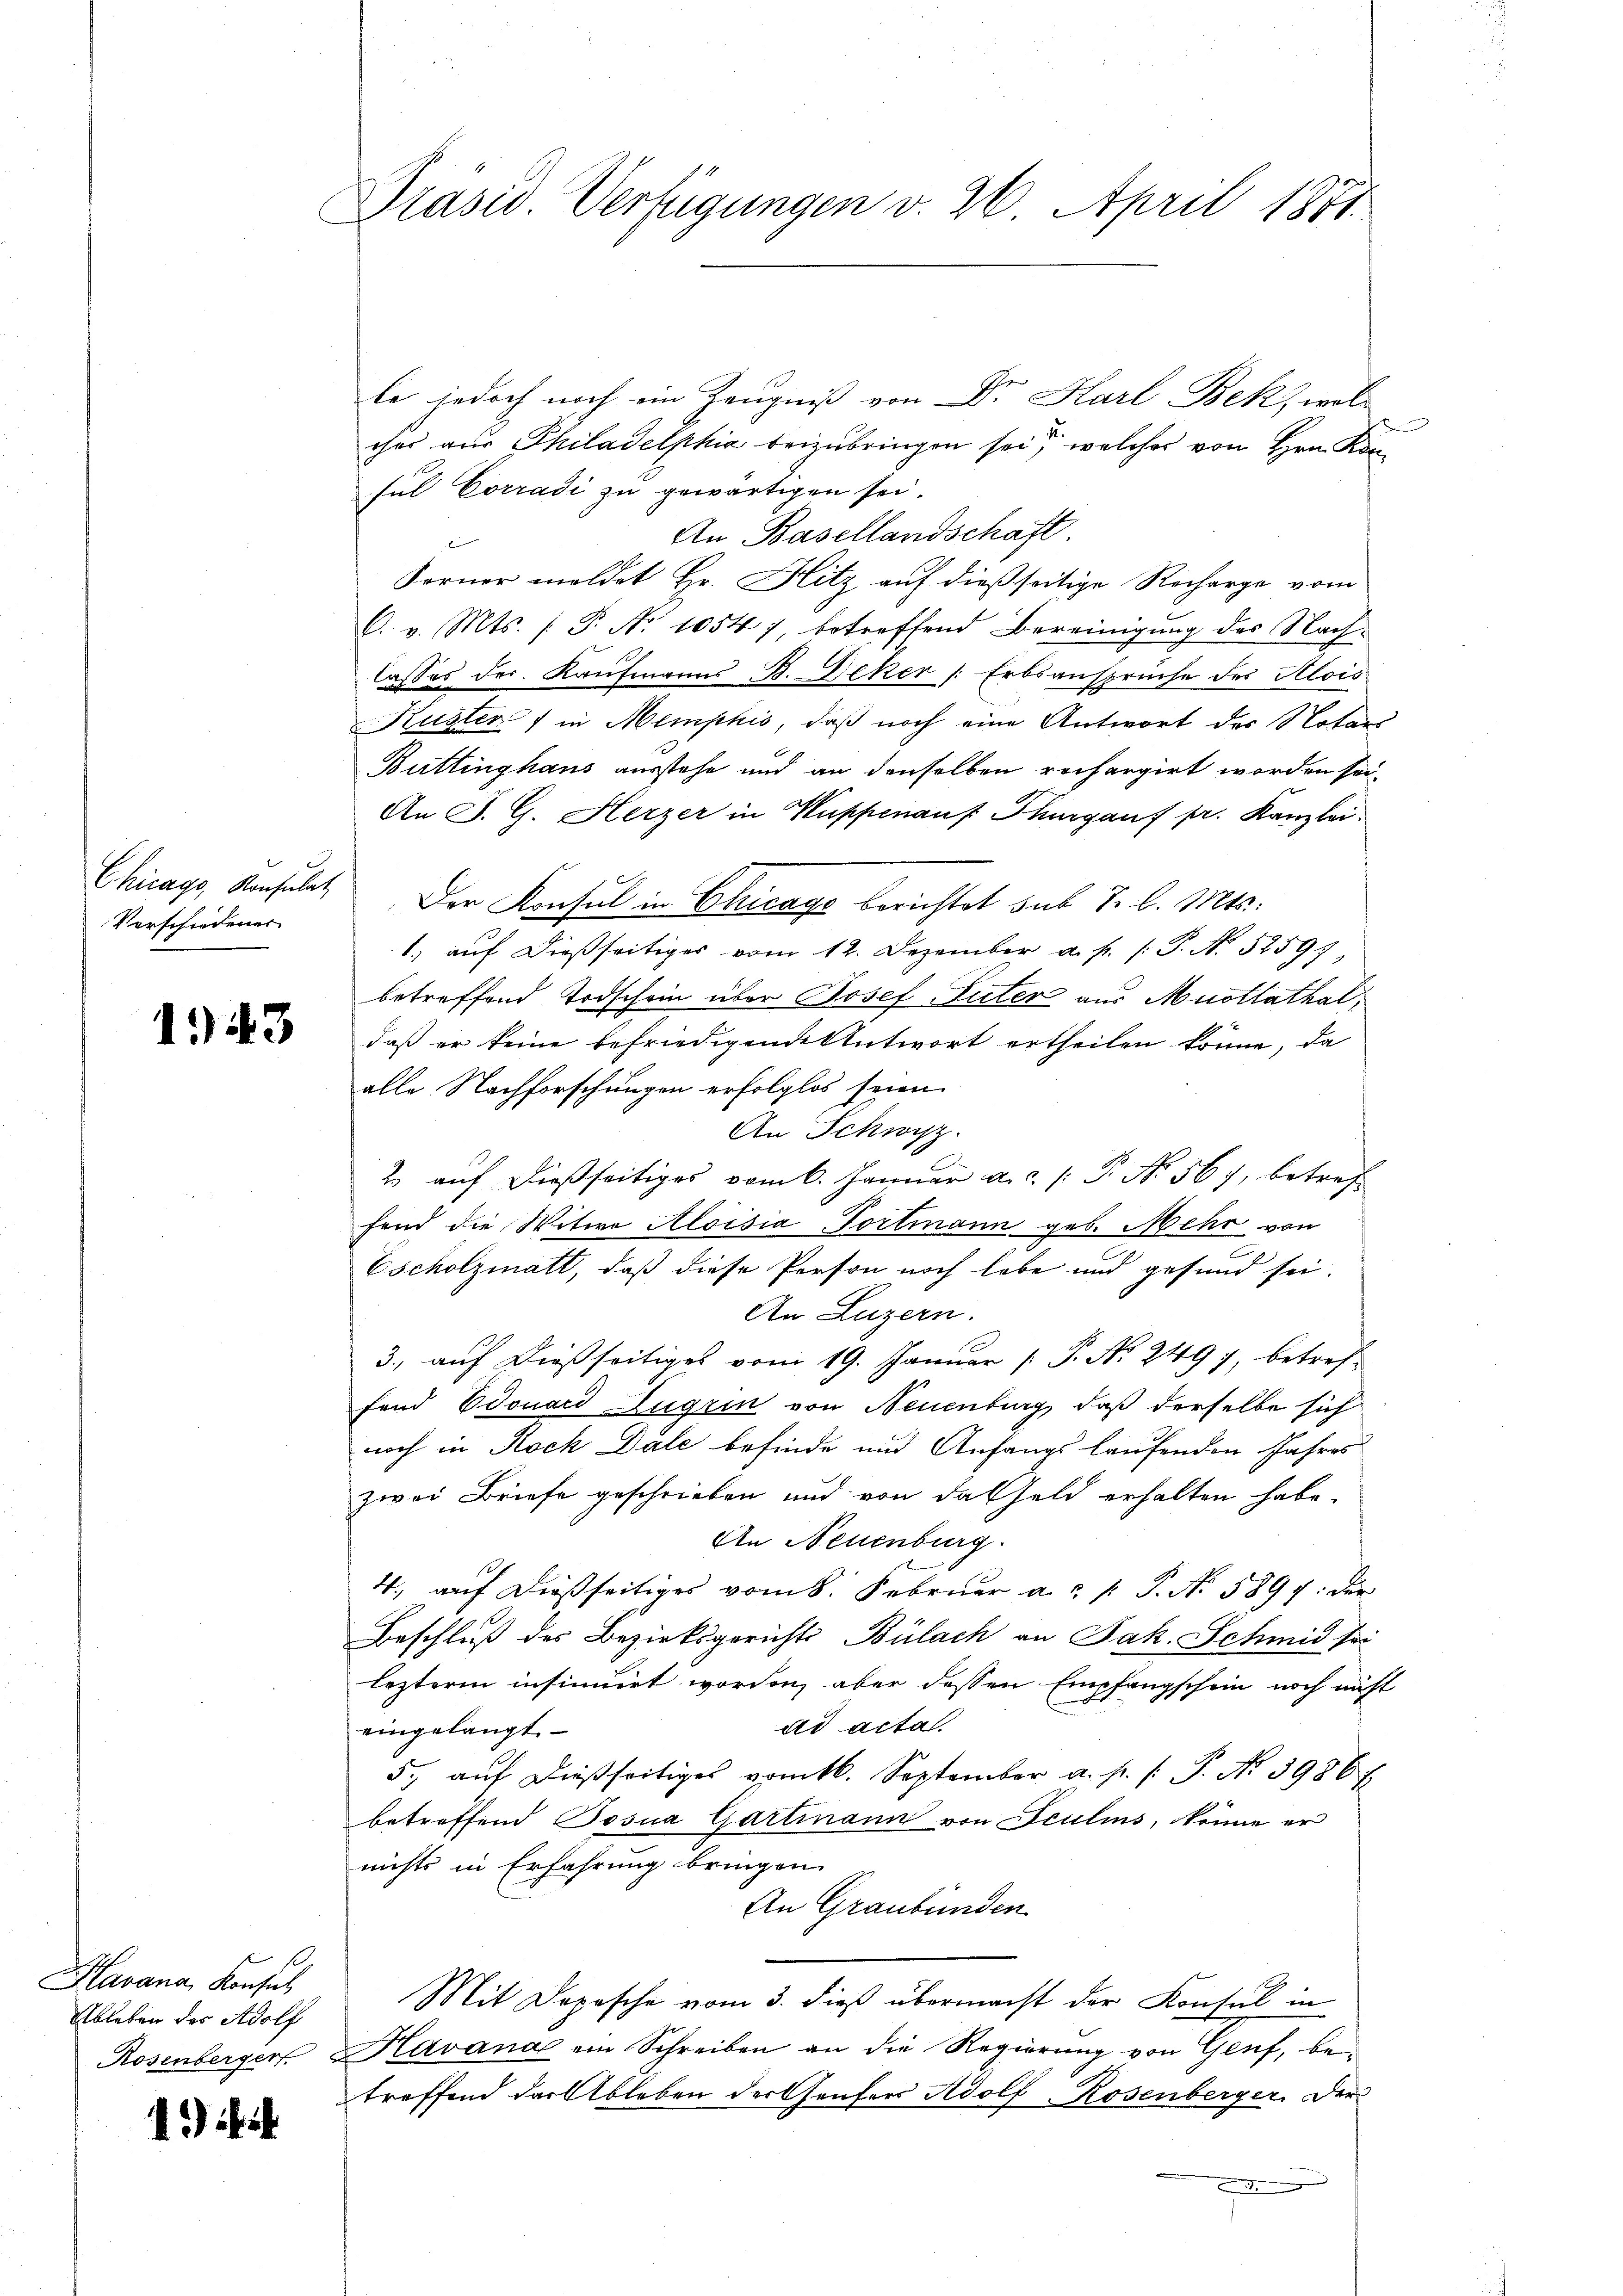
Chicago, Konsulat
Verschiedener

1943

Havana, Konsul
Ableben des Adolf
Rosenberger

1)

Präsid. Verfügungen v. 26. April 1871.

le jedoch noch ein Zeugniß von Dr. Karl Bek, wel
ches aus Philadelphia beizubringen sei, welcher von Hrn. Konsul Corradi zu gewärtigen sei.
An Basellandschaft.
Ferner meldet Hr. Hitz auf dießseitige Recharge vom
C. v. Mts. (T. No 1054), betreffend Bereinigung des Nachlasses des Kaufmanns B. Beker /: Erbsansprüche des Alois
Kuster 7 in Memphis, daß noch eine Antwort der Notars
Buttinghaus ausstehe und an denselben rechargirt worden sei.
An J. G. Herzer in Kuppenauf Thurgauf pr. Kanzlei.
Der Konsul in Chicage berichtet sub 7 l. Mts.
1.) auf dießseitiges vom 12. Dezember a. p. /: P. Nr. 52597,
betreffend Todschein über Josef Tuter aus Mustlathal,
daß er keine befriedigende Antwort ertheilen könne, da
alle Nachforschungen erfolglos seien
An Schwyz.
2 auf dießseitiges vom 6. Januar a.c. (: P. Nr. 567, betref
fend die Witwe Aloisia, Tortmann geb. Mehr von
Escholzmatt, daß diese Person noch habe und gesund sei.
An Luzern.
3., auf dießseitiges vom 19. Januar [ P. Nr. 249 7, betreffand Edouard Zugrin von Neuenburg, daß derselbe sich
noch in Rock Dale befinde und Anfangs laufenden Jahres
zwei Briefe geschrieben und von das Geld erhalten habe.
An Neuenburg.
4., auf dießseitiges vom 8. Februar a. p. P. Nr. 5897. der
Beschluß des Bezirksgerichts Bülach an Jak. Schmid sei
lezteren insinuirt worden, aber dessen Empfangschein noch nicht
ad acta.
eingelangt
5. aŭf dießseitiges vom 16. September a. p. 1. P. Nr. 39867.
betreffend Tosna Gartmann von Sculins, könne er
nichts in Erfahrung bringen.
An Graubünden
Mit Depesche vom 3. dieß übermacht der Konsul in
Havana ein Schreiben an die Regierung von Genf, betreffend dar Ableben der Genfers Adolf Rosenberger. Der
.